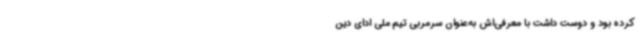
کرده بود و دوست داشت با معرفی‌اش به‌عنوان سرمربی تیم ملی ادای دین